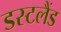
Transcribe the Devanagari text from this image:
डस्टलैंड